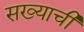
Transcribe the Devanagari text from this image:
सख्याची